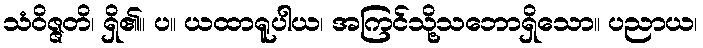
သံဝိဇ္ဇတိ၊ ရှိ၏။ ပ။ ယထာရူပါယ၊ အကြင်သို့သဘောရှိသော။ ပညာယ၊